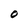
Character: O